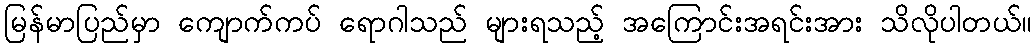
မြန်မာပြည်မှာ ကျောက်ကပ် ရောဂါသည် များရသည့် အကြောင်းအရင်းအား သိလိုပါတယ်။